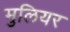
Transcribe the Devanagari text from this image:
मुलियर